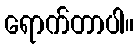
ရောက်တာပါ။